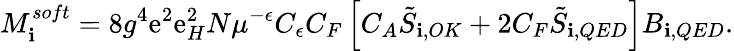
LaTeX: M_{\mathbf{i}}^{soft}=8g^{4}\mathrm{e}^{2}\mathrm{e}_{H}^{2}N\mu^{-\epsilon}C_{\epsilon}C_{F}\left[C_{A}\tilde{{S}}_{\mathbf{i},OK}+2C_{F}\tilde{{S}}_{\mathbf{i},QED}\right]B_{\mathbf{i},QED}.